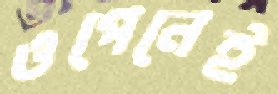
ওপেনেই